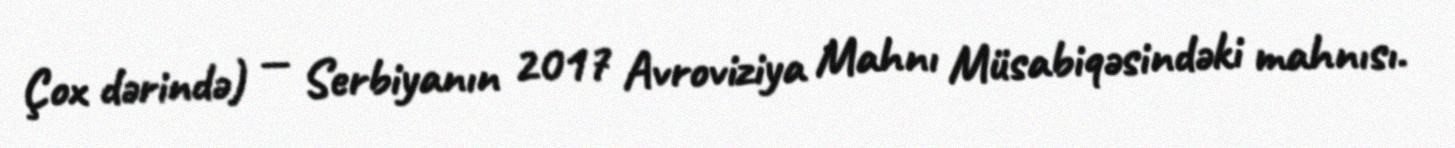
Çox dərində) — Serbiyanın 2017 Avroviziya Mahnı Müsabiqəsindəki mahnısı.